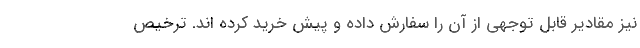
نیز مقادیر قابل توجهی از آن را سفارش داده و پیش خرید کرده اند. ترخیص